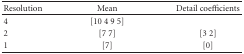
<table><thead><tr><td><b>Resolution</b></td><td><b>Mean</b></td><td><b>Detail coefficients</b></td></tr></thead><tbody><tr><td>4</td><td>[10 4 9 5]</td><td> </td></tr><tr><td>2</td><td>[7 7]</td><td>[3 2]</td></tr><tr><td>1</td><td>[7]</td><td>[0]</td></tr></tbody></table>